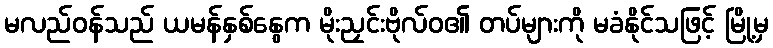
မလည်ဝန်သည် ယမန်နှစ်နွေက မိုးညှင်းဗိုလ်ဝ၏ တပ်များကို မခံနိုင်သဖြင့် မြို့မှ